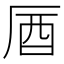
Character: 𠩚